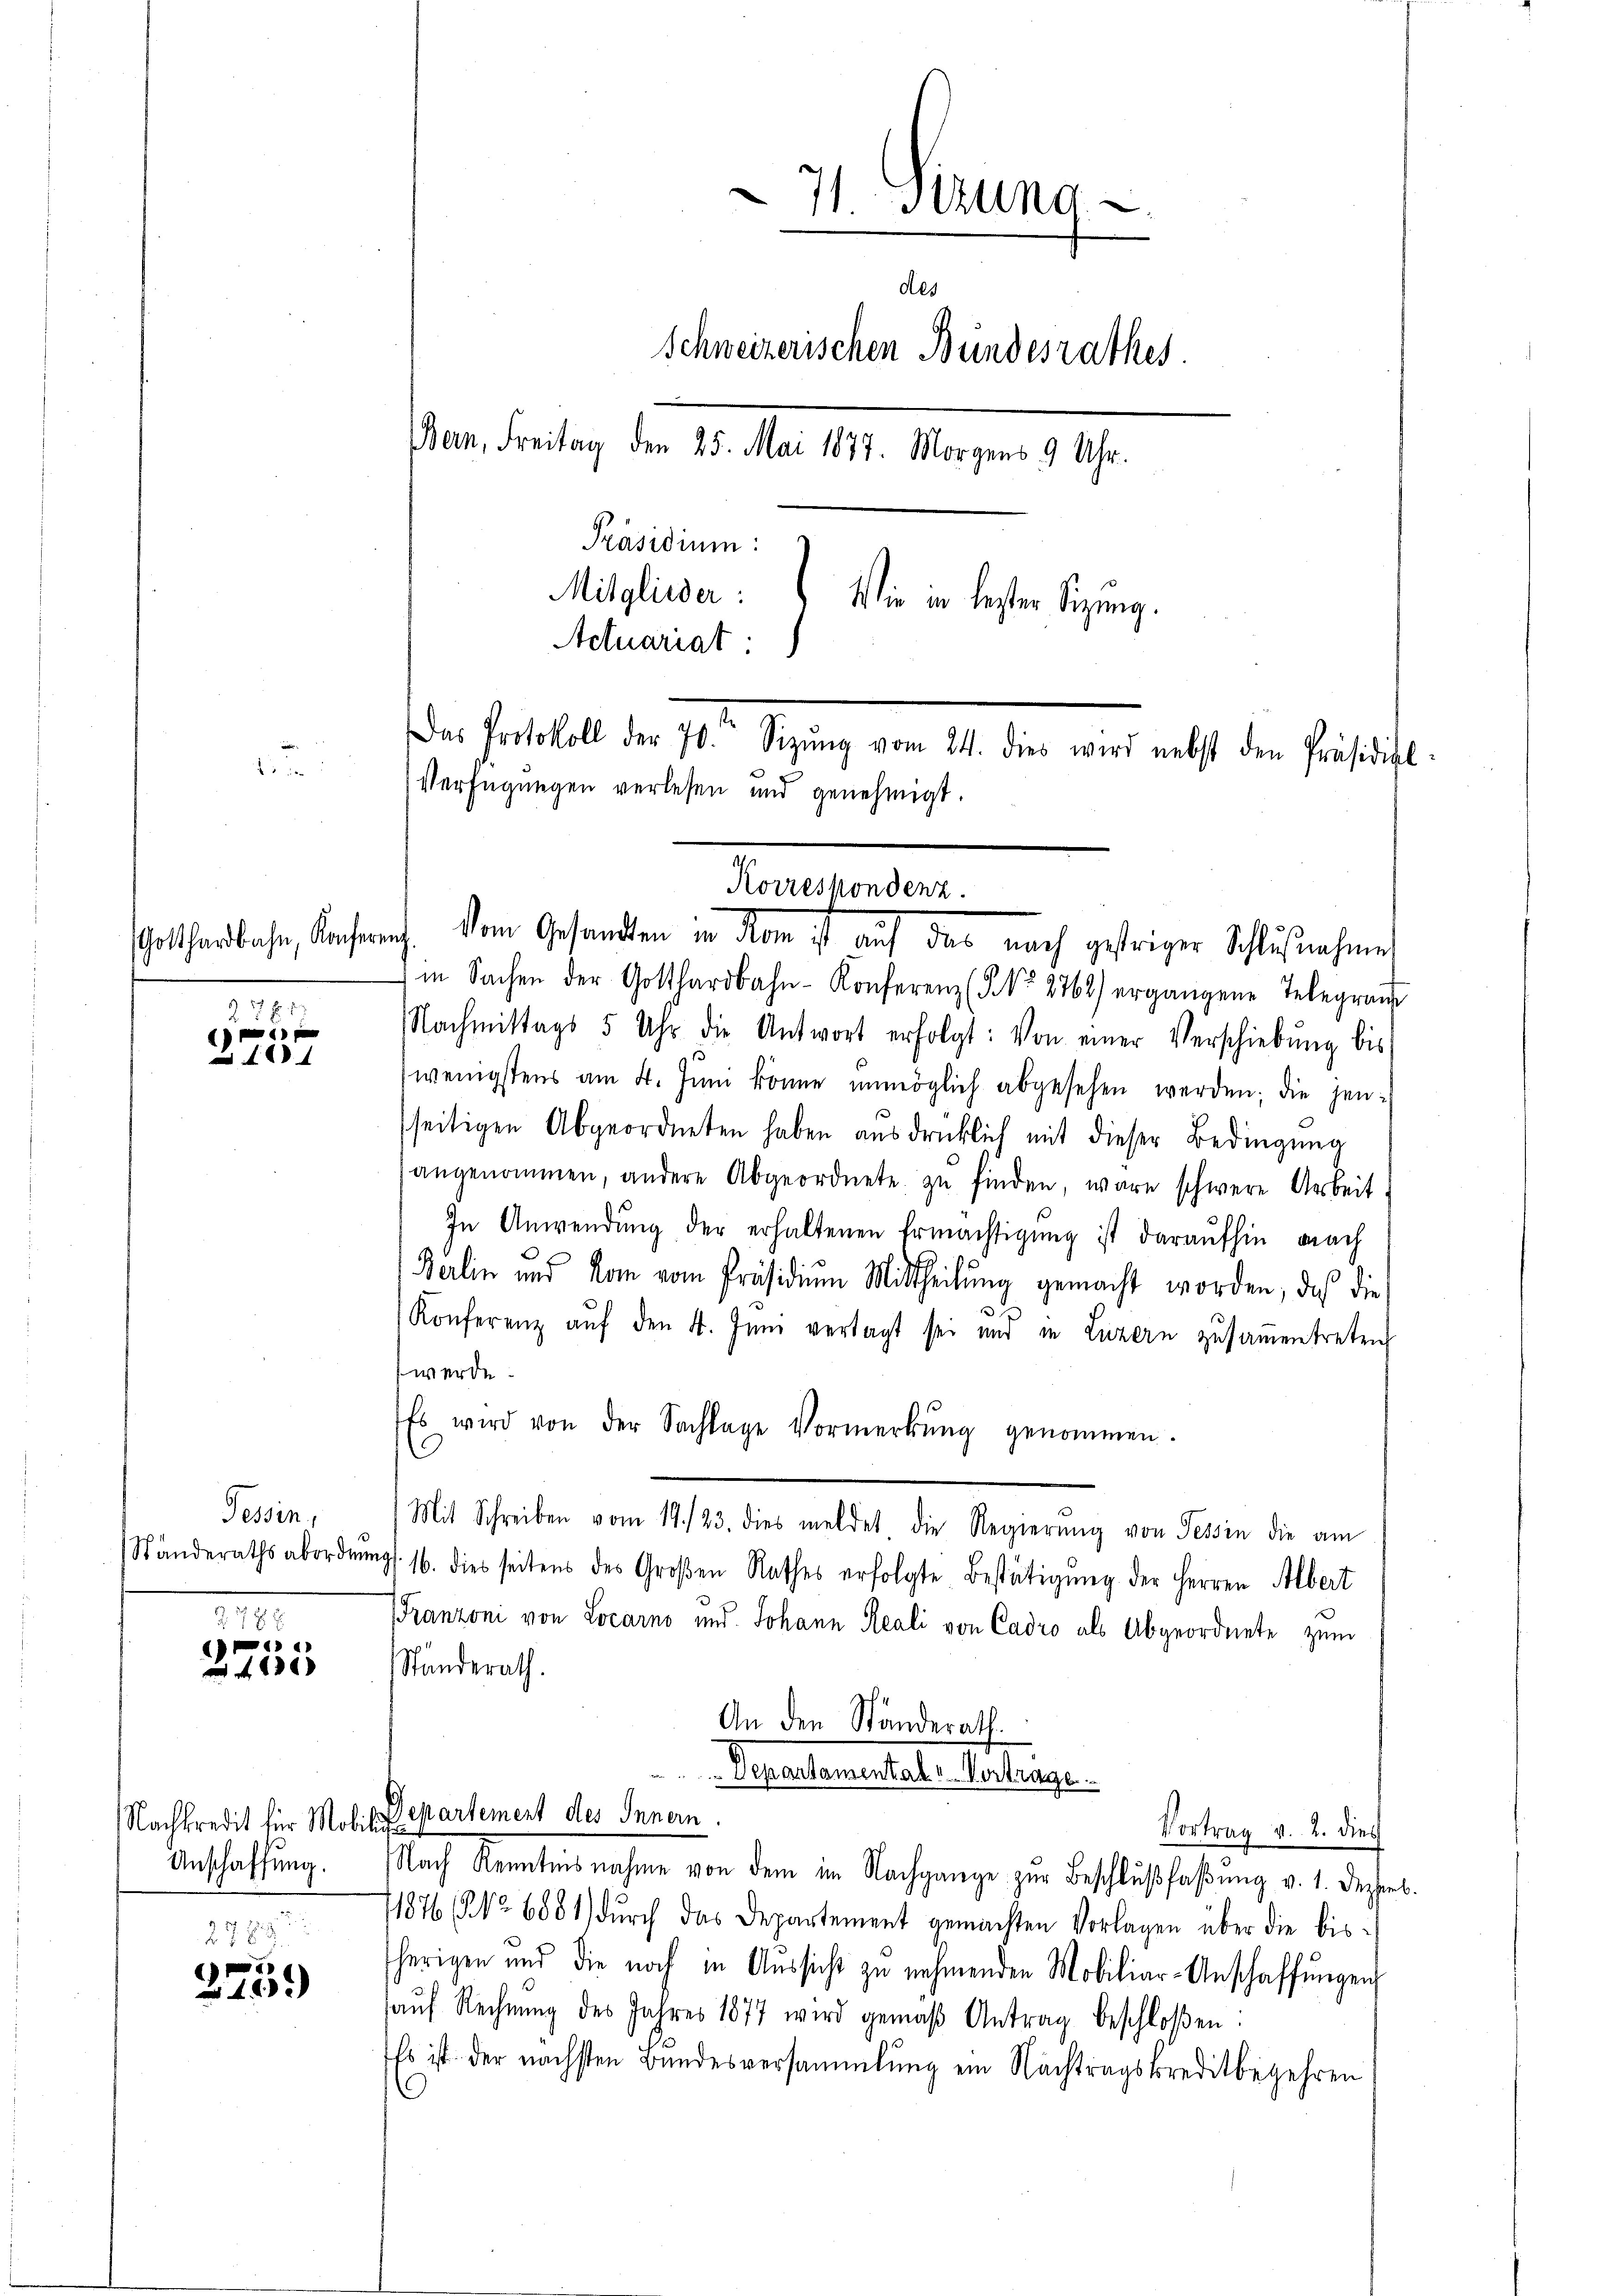
Gotthardbahn, Konferenz.

n
27 x
e

Tessin,

§ 78. E
)
x

Nachkredit für Mobili
Anschaffung.

2788
e
14.)

in Sachen der Gotthardbahn-Konferenz (NNo. 2762) ergangene Telegraŭ
Nachmittags 5 Uhr die Antwort erfolgt: Von einer Verschiebung bis
wenigstens am 4. Jŭni könne unmöglich abgesehen werden; die jenseitigen Abgeordneten haben ausdrücklich mit dieser Bedingung
angenommen, andere Abgeordnete zŭ finden, wäre schwere Arbeit
In Anwendung der erhaltenen Ermächtigung ist daraufhin nach
Berlin und kam vom Präsidiŭm Mittheilŭng gemacht worden, das die
Konferenz aŭf den 4. Juni vertagt sei und in Luzern zusamentreten
werde.
Es wird von der Sachlage Vormerkŭng genommen.
Mit Schreiben vom 14./23. dies meldet die Regierŭng von Tessin die am
Ständerathsabordnŭngs. 16. dies seitens des Groβen Rathes erfolgte Bestätigung der Herren Albert
Franzoni von Locarno und Johann Reali von Cadro als Abgeordnete zum
Standerath.
An den Ständerath.
Separtamental v. Vortrage

71. Stund
des
Schweizerischen Bundesrathes
Bern, Freitag den 25. Mai 1877. Morgens 9 Uhr.
Präsidium:
Mitglieder:
Wie in bester Sitzung.
Actuariat
Das Protokoll der 70. Sizŭng vom 24. dies wird nebst den Präsidial-
Verfügungen verlesen und genehmigt.

Korreskondenz.
dem Gesandten in den ist auf dies nach gestriger Schlußnahmen

Departement des Innern

Vortrag v. 2. dies

Nach Kenntnis nahme von dem im Nachgange zur Beschlußfaßung v. 1. Deckerl.
11876 (NNo. 6881) durch das Departement gemachten Vorlagen über die bisherigen und die noch in Aŭssicht zŭ nehmenden Mobiliar-Anschaffŭngen
auf Rechnung des Jahres 1877 wird gemäß Antrag beschloßen
Es ist der nächsten Bundesversammlung ein Nachtragskreditbegehren